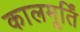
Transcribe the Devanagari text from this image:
कालमूर्तिं